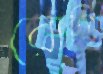
রোগি